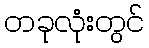
တခုလုံးတွင်